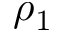
\rho _ { 1 }